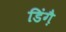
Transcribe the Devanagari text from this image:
डिंग़ै